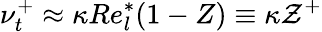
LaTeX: \nu_{t}^{+}\approx\kappa Re_{l}^{*}(1-Z)\equiv\kappa\mathcal{Z}^{+}